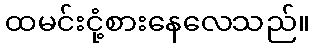
ထမင်းငုံ့စားနေလေသည်။